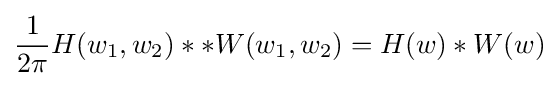
{\frac {1}{2\pi }}H(w_{1},w_{2})**W(w_{1},w_{2})=H(w)*W(w)